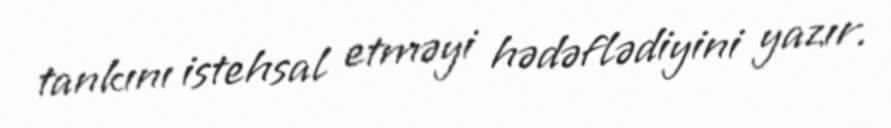
tankını istehsal etməyi hədəflədiyini yazır.